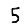
Digit: 5